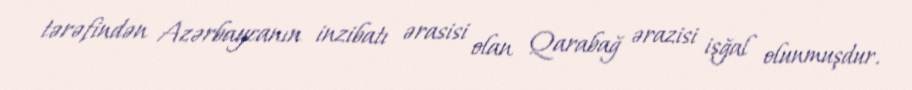
tərəfindən Azərbaycanın inzibatı ərasisi olan Qarabağ ərazisi işğal olunmuşdur.